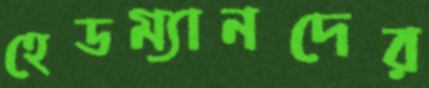
হেডম্যানদের